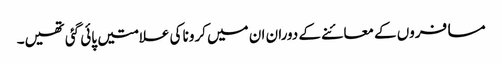
مسافروں کے معائنے کے دوران ان میں کرونا کی علامتیں پائی گئی تھیں۔